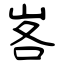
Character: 峉